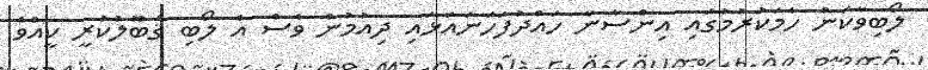
ލޯބިވާކަން ހާމަކުރުމުގައި އިންސާނާ ހައްދުފަހަނައަޅައި ދިއުމުން ވެސް އެ ލޯބި ޤަބޫލުކުރީ ކީއްވެ